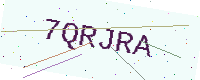
Text: 7QRJRA